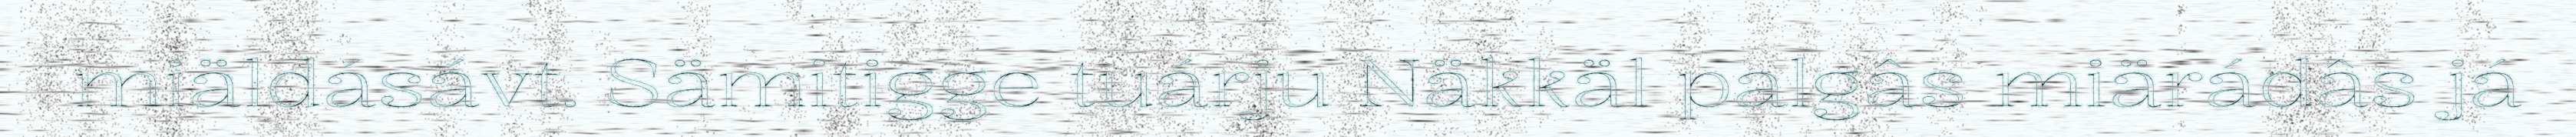
miäldásávt. Sämitigge tuárju Näkkäl palgâs miärádâs já